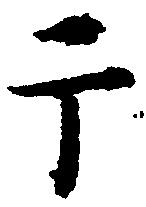
于